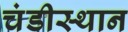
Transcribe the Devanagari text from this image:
चंडीस्थान